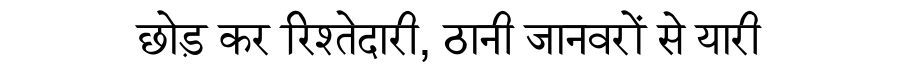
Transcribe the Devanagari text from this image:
छोड़ कर रिश्तेदारी, ठानी जानवरों से यारी